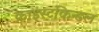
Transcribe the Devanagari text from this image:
क्राइस्टकिन्डल